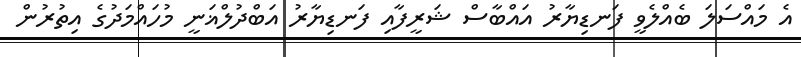
އެ މައްސަލަ ބެއްލެވީ ފަނޑިޔާރު އައްބާސް ޝަރީފާއި ފަނޑިޔާރު އަބްދުލްޣަނީ މުހައްމަދުގެ އިތުރުން